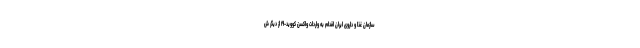
سازمان غذا و داروی ایران اقدام به واردات واکسن کووید-۱۹ از دیگر ش